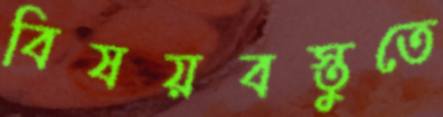
বিষয়বস্তুতে